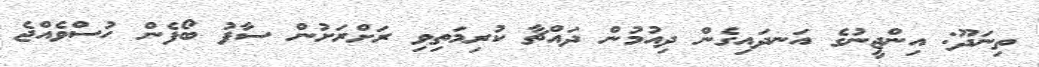
ތިނަދޫ: އިންޖީނުގެ އަނދައިގެން ދިއުމުން ދައްޗާ ކުރިމަތިވި ރަށްރަށުން ސާފު ބޯފެން ހުސްވެއްޖެ